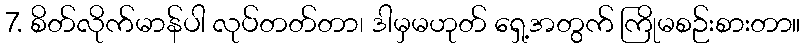
7. စိတ်လိုက်မာန်ပါ လုပ်တတ်တာ၊ ဒါမှမဟုတ် ရှေ့အတွက် ကြိုမစဉ်းစားတာ။